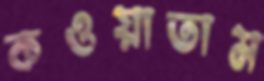
কওয়াতাম